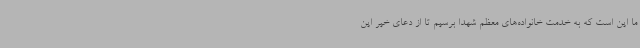
ما این است که به خدمت خانواده‌های معظم شهدا برسیم تا از دعای خیر این